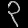
Digit: ၃